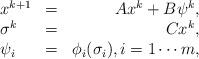
LaTeX: \begin{align*} \begin{array}{lcr}x^{k+1} &=& A x^{k}+B \psi^{k},\\\sigma^{k}&=&C x^{k},\\\psi_{i} &=& \phi _{i}(\sigma_{i}),i=1 \cdots m,\end{array}\end{align*}